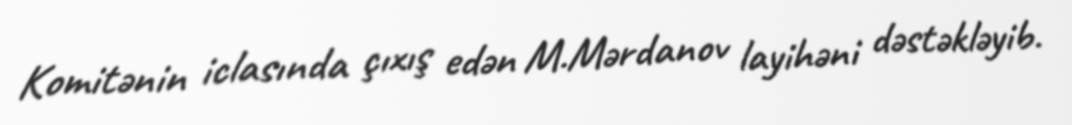
Komitənin iclasında çıxış edən M.Mərdanov layihəni dəstəkləyib.